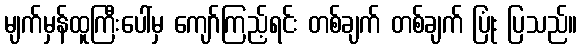
မျက်မှန်ထူကြီးပေါ်မှ ကျော်ကြည့်ရင်း တစ်ချက် တစ်ချက် ပြုံး ပြသည်။